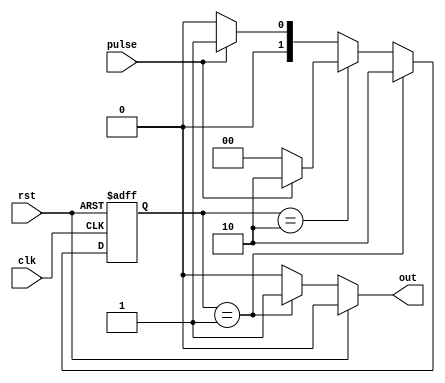
module OneShot(
    input pulse,
    input clk,
    input rst,
    output reg out
    );
initial out = 0;
parameter waiting_l = 2'b00, on = 2'b01, waiting_h = 2'b10;
reg[1:0] next_state, current_state;

always @ (posedge clk or posedge rst) begin
	if(rst) begin
		current_state <= waiting_l;
	end
	else begin
		current_state <= next_state;
	end
end

always @ (current_state or pulse) begin
	if(current_state == on) begin
		next_state <= waiting_h;
	end
	else if(current_state == waiting_h) begin
		if(pulse) begin
			next_state <= waiting_h;
		end
		else begin
			next_state <= waiting_l;
		end
	end
	else if(pulse) begin
		next_state<= on;
	end
	else begin
		next_state<= waiting_l;
	end
end

always @(current_state or rst) begin
	if(rst)
		out <= 1'b0;
	else if(current_state == on)
		out <= 1'b1;
	else 
		out <= 1'b0;
end








endmodule